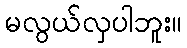
မလွယ်လှပါဘူး။